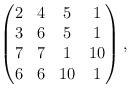
LaTeX: \begin{align*}\begin{pmatrix}2&4&5&1\\3&6&5&1\\7&7&1&10\\6&6&10&1\end{pmatrix},\end{align*}